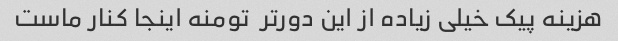
هزینه پیک خیلی زیاده از این دورتر  تومنه اینجا کنار ماست